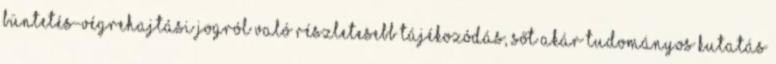
büntetés-végrehajtási jogról való részletesebb tájékozódás, sőt akár tudományos kutatás